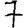
Digit: 7